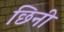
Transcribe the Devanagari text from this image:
छिनी